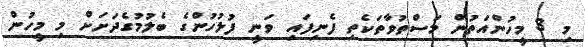
މި 3 މީހުންއަތުން މަސްތުވާތަކެތި ފެނިފައި ވަނީ ފުލުހުންގެ ބެލުމުގެދަށަށް މި މީހުން